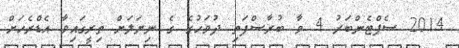
2014 ސެޕްޓެންބަރު 4 ވާ ބުރާސްފަތި ދުވަހުގެ ގެ ނިޔަލަށް ތިރީގައިވާ އެޑްރެހަށް